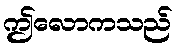
ဤလောကသည်